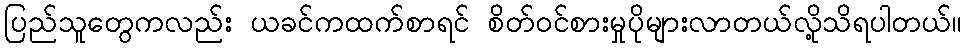
ပြည်သူတွေကလည်း ယခင်ကထက်စာရင် စိတ်ဝင်စားမှုပိုများလာတယ်လို့သိရပါတယ်။